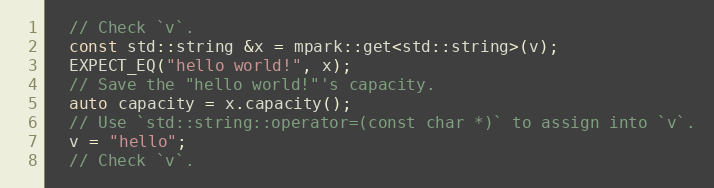
Language: C++
  // Check `v`.
  const std::string &x = mpark::get<std::string>(v);
  EXPECT_EQ("hello world!", x);
  // Save the "hello world!"'s capacity.
  auto capacity = x.capacity();
  // Use `std::string::operator=(const char *)` to assign into `v`.
  v = "hello";
  // Check `v`.